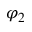
\varphi _ { 2 }